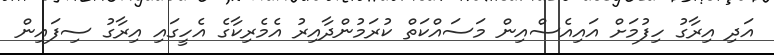
އަދި އިރާގު ހިފުމަށް އައިއެސްއިން މަސައްކަތް ކުރަމުންދާއިރު އެމެރިކާގެ އެހީގައި އިރާގު ސިފައިން